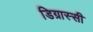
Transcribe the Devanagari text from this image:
डिग्रास्सी